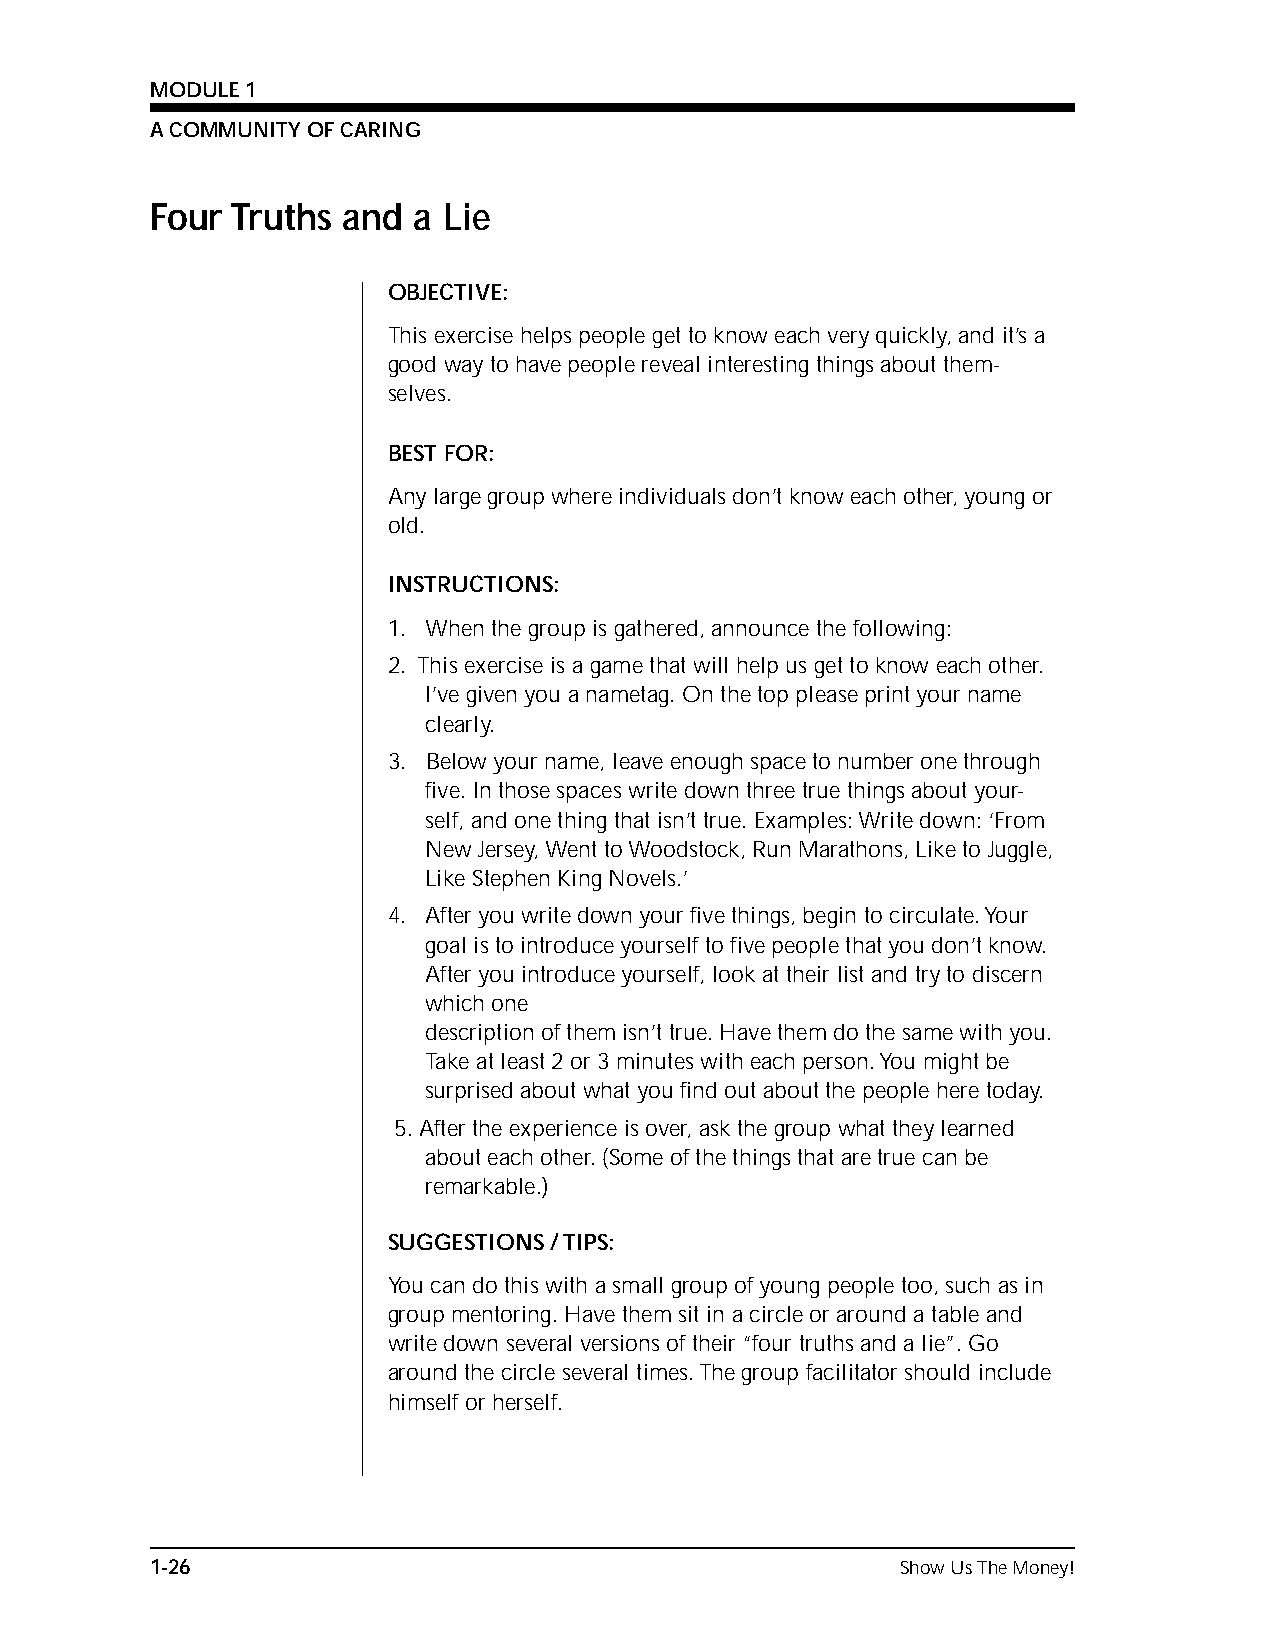
MODULE 1
 A COMMUNITY OF CARING
 Four Truths  and a Lie
 OBJECTIVE:
 This exercise helps people get to know each very quickly, and it’s a
 good way to have people reveal interesting things about them-
 selves.
 BEST FOR:
 Any large group where individuals don’t know each other, young or
 old.
 INSTRUCTIONS:
 1. When the group is gathered, announce the following:
 2. This exercise is a game that will help us get to know each other.
 I’ve given you a nametag. On the top please print your name
 clearly.
 3. Below your name, leave enough space to number one through
 five. In those spaces write down three true things about your-
 self, and one thing that isn’t true. Examples: Write down: ‘From
 New Jersey, Went to Woodstock, Run Marathons, Like to Juggle,
 Like Stephen King Novels.’
 4. After you write down your five things, begin to circulate. Your
 goal is to introduce yourself to five people that you don’t know.
 After you introduce yourself, look at their list and try to discern
 which one
 description of them isn’t true. Have them do the same with you.
 Take at least 2 or 3 minutes with each person. You might be
 surprised about what you find out about the people here today.
 5. After the experience is over, ask the group what they learned
 about each other. (Some of the things that are true can be
 remarkable.)
 SUGGESTIONS / TIPS:
 You can do this with a small group of young people too, such as in
 group mentoring. Have them sit in a circle or around a table and
 write down several versions of their “four truths and a lie”. Go
 around the circle several times. The group facilitator should include
 himself or herself.
 1-26                                              Show Us The Money!